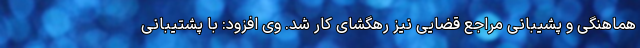
هماهنگی و پشیبانی مراجع قضایی نیز رهگشای کار شد. وی افزود: با پشتیبانی